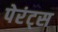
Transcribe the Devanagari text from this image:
पेरंट्स